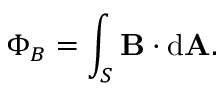
\Phi _ { B } = \int _ { S } \mathbf { B } \cdot \mathrm { d } \mathbf { A } . \,